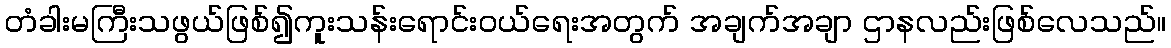
တံခါးမကြီးသဖွယ်ဖြစ်၍ကူးသန်းရောင်းဝယ်ရေးအတွက် အချက်အချာ ဌာနလည်းဖြစ်လေသည်။